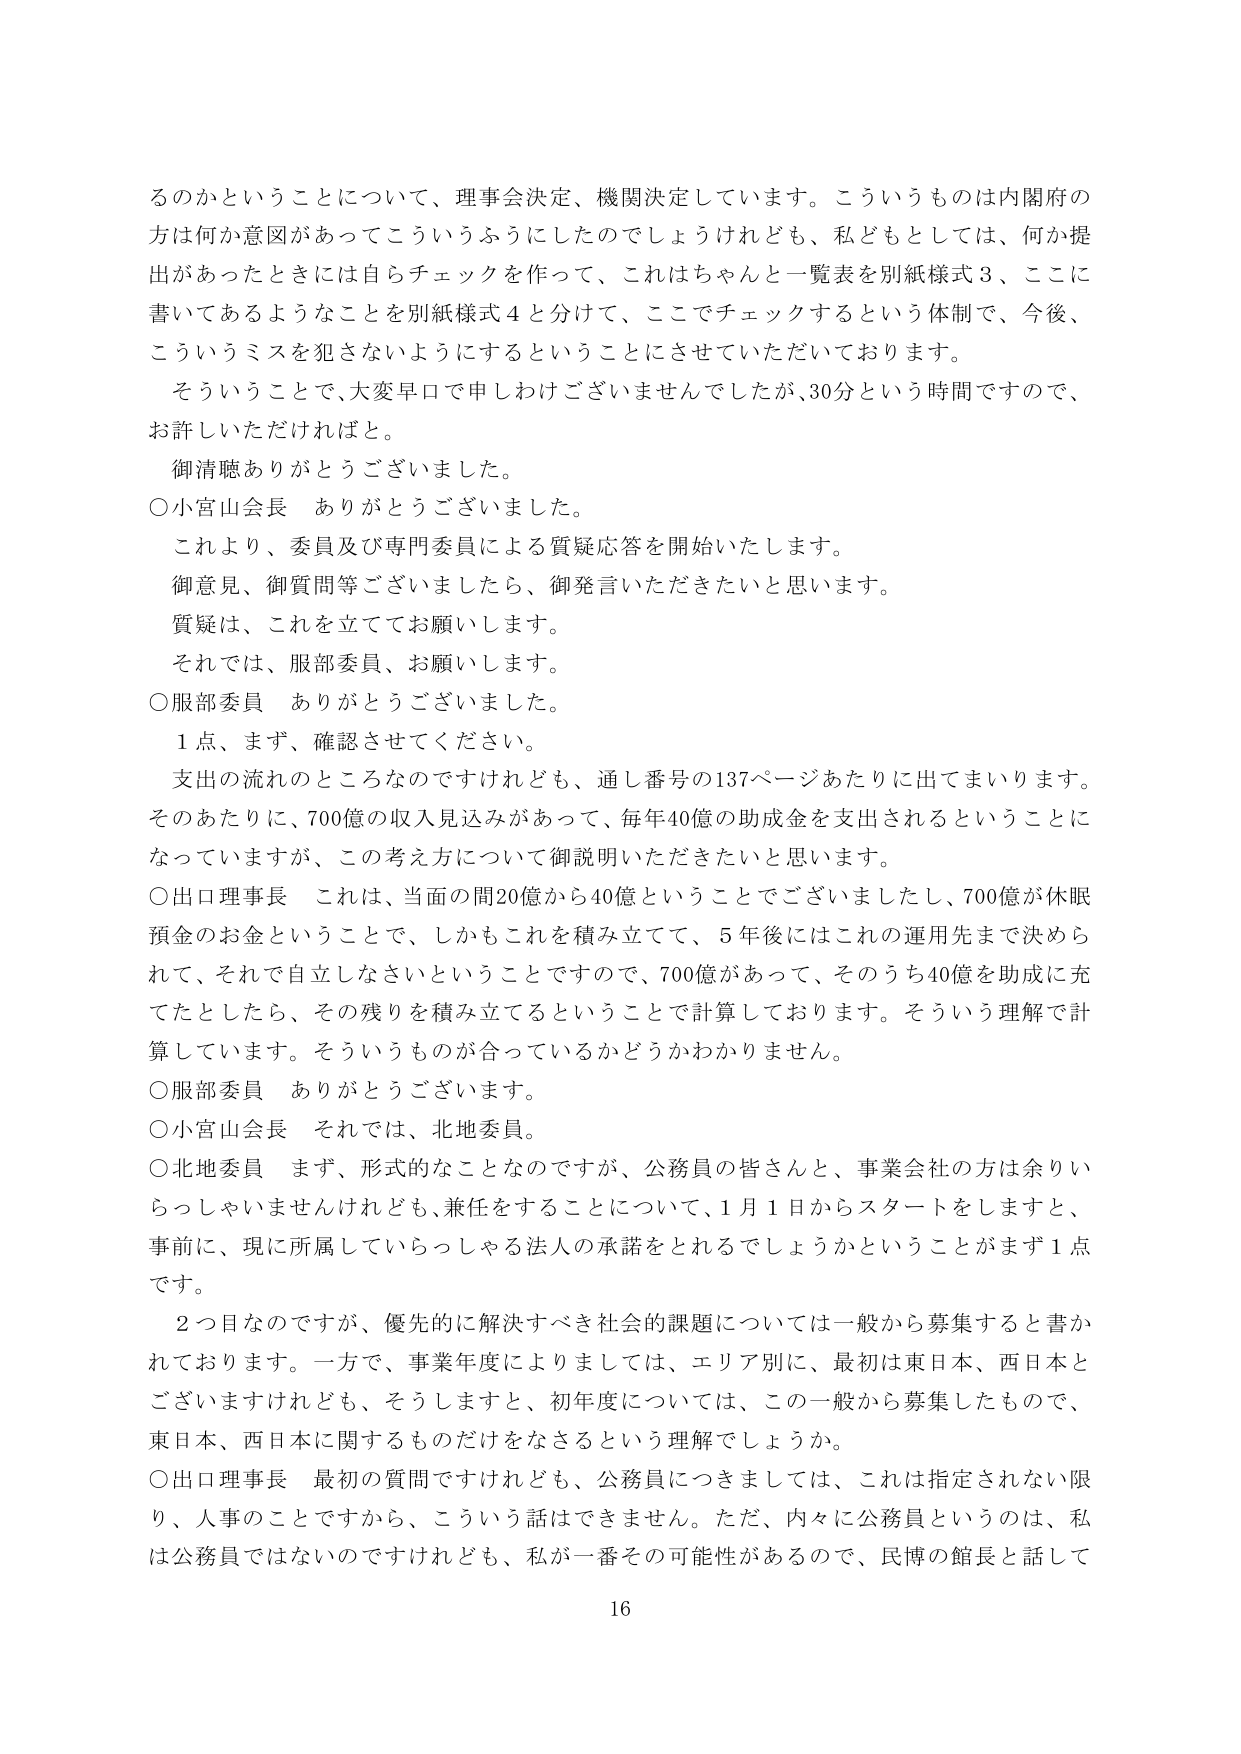
るのかということについて、理事会決定、機関決定しています。こういうものは内閣府の方は何か意図があってこういうふうにしたのでしょうけれども、私どもとしては、何か提出があったときには自らチェックを作って、これはちゃんと一覧表を別紙様式３、ここに書いてあるようなことを別紙様式４と分けて、ここでチェックするという体制で、今後、こういうミスを犯さないようにするということにさせていただいております。

そういうことで、大変早口で申しわけございませんでしたが、30分という時間ですので、お許しいただければと。

御清聴ありがとうございました。

○小宮山会長　ありがとうございました。

これより、委員及び専門委員による質疑応答を開始いたします。

御意見、御質問等ございましたら、御発言いただきたいと思います。

質疑は、これを立ててお願いします。

それでは、服部委員、お願いします。

○服部委員　ありがとうございました。

１点、まず、確認させてください。

支出の流れのところなのですが、通し番号の137ページあたりに出てまいります。そのあたりに、700億の収入見込みがあって、毎年40億の助成金を支出されるということになっていますが、この考え方について御説明いただきたいと思います。

○出口理事長　これは、当面の間20億から40億ということでございましたし、700億が休眠預金のお金ということで、しかもこれを積み立てて、5年後にはこれの運用先まで決められて、それで自立しなさいということで、700億があって、そのうち40億を助成に充てたとしたら、その残りを積み立てるということで計算しております。そういう理解で計算しています。そういうものが合っているかどうかわかりません。

○服部委員　ありがとうございます。

○小宮山会長　それでは、北地委員。

○北地委員　まず、形式的なことなのですが、公務員の皆さんと、事業会社の方は余りいらっしゃいませんけれども、兼任をすることについて、1月1日からスタートをしますと、事前に、現に所属していらっしゃる法人の承諾をとれるでしょうかということがまず1点です。

２つ目なのですが、優先的に解決すべき社会的課題については一般から募集すると書かれております。一方で、事業年度によりましては、エリア別に、最初は東日本、西日本とございますけれども、そうしますと、初年度については、この一般から募集したもので、東日本、西日本に関するものだけをなさるという理解でしょうか。

○出口理事長　最初の質問ですけれども、公務員につきましては、これは指定されない限り、人事のことですから、こういう話はできません。ただ、内々に公務員というのは、私は公務員ではないのですけれども、私が一番その可能性があるので、民博の館長と話して

16